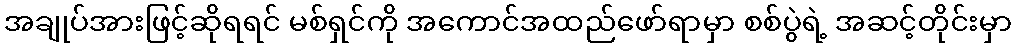
အချုပ်အားဖြင့်ဆိုရရင် မစ်ရှင်ကို အကောင်အထည်ဖော်ရာမှာ စစ်ပွဲရဲ့ အဆင့်တိုင်းမှာ